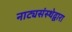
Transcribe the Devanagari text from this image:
नाट्यसंस्थेद्वारा